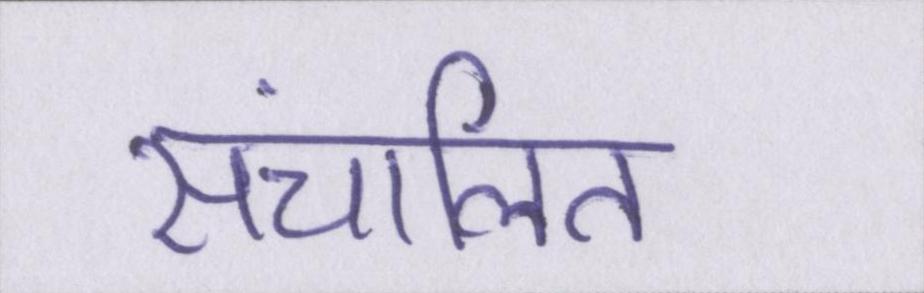
संचालित